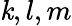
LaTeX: \mathit{k},l,m